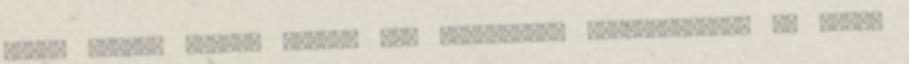
akart volna, tudott volna, jól megcsinált színdarabokat is írni.